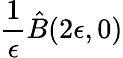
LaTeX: \frac{1}{\epsilon}\hat{B}(2\epsilon,0)